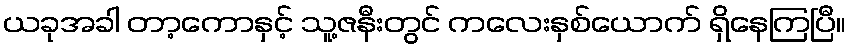
ယခုအခါ တာ့ကောနှင့် သူ့ဇနီးတွင် ကလေးနှစ်ယောက် ရှိနေကြပြီ။